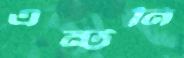
এন্টনি